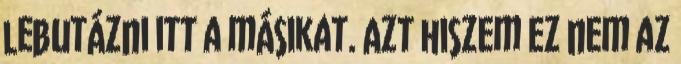
lebutázni itt a másikat. Azt hiszem ez nem az